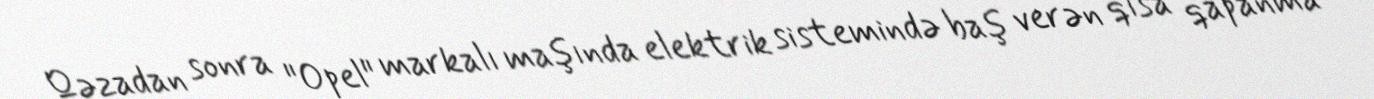
Qəzadan sonra "Opel" markalı maşında elektrik sistemində baş verən qısa qapanma